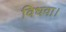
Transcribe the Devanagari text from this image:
विधवा।